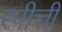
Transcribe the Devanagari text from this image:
स्पीत्ती